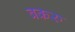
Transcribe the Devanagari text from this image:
बकरु